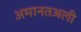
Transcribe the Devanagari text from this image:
अमानतअली